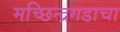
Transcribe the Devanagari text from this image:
मच्छिन्द्रगडाचा